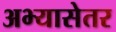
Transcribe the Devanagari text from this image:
अभ्यासेतर